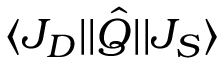
\langle J _ { D } \lvert \rvert \hat { Q } \rvert \lvert J _ { S } \rangle